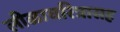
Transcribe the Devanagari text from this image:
लीळाचरित्रासह